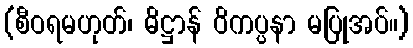
(စီဝရမဟုတ်၊ ဓိဋ္ဌာန် ဝိကပ္ပနာ မပြုအပ်။)